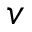
v